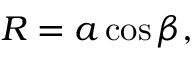
R = a \cos \beta ,